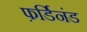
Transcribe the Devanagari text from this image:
फ़र्डिनंड